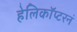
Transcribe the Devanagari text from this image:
हेलिकॉप्टरनं